Scottish Leaving Certificate Examination, 1957
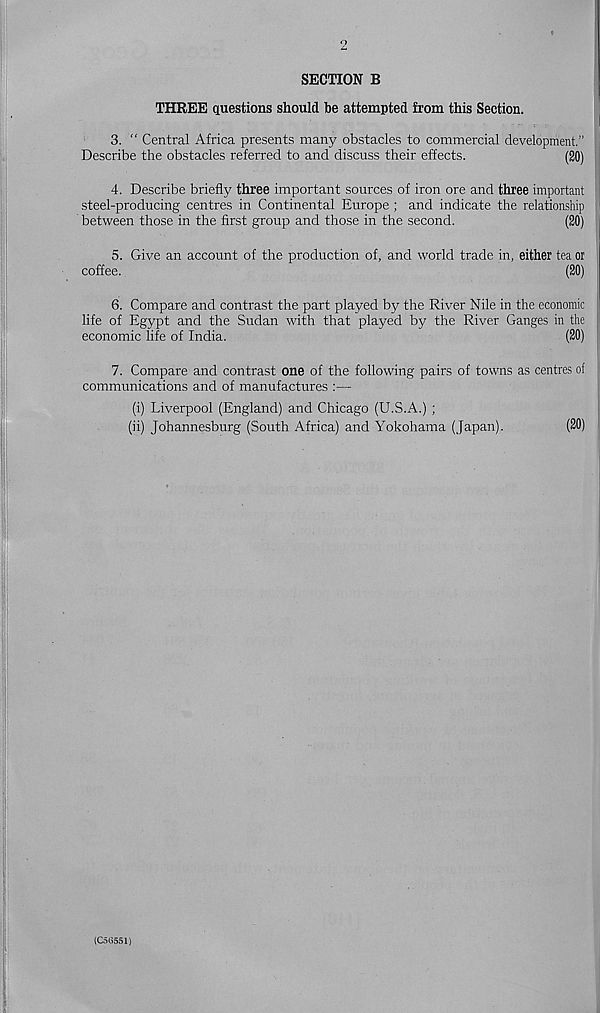
SECTION B
THREE questions should be attempted from this Section.
3. “ Central Africa presents many obstacles to commercial development."
Describe the obstacles referred to and discuss their effects.
(20)
4. Describe briefly three important sources of iron ore and three important
steel-producing centres in Continental Europe ; and indicate the relationship
between those in the first group and those in the second.
(20)
5. Give an account of the production of, and world trade in, either tea or
coffee.
(20)
6. Compare and contrast the part played by the River Nile in the economic
life of Egypt and the Sudan with that played by the River Ganges in the
economic life of India.
(20)
7. Compare and contrast one of the following pairs of towns as centres of
communications and of manufactures :—
(i) Liverpool (England) and Chicago (U.S.A.) ;
(ii) Johannesburg (South Africa) and Yokohama (Japan).
(20)
(C58551)